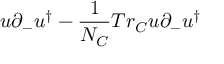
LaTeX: u \partial _ { - } u ^ { \dagger } - { \frac { 1 } { N _ { C } } } T r _ { C } u \partial _ { - } u ^ { \dagger }